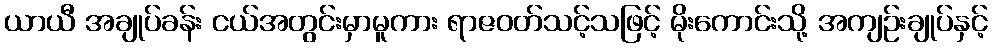
ယာယီ အချုပ်ခန်း ငယ်အတွင်းမှာမူကား ရာဇဝတ်သင့်သဖြင့် မိုးကောင်းသို့ အကျဉ်းချုပ်နှင့်